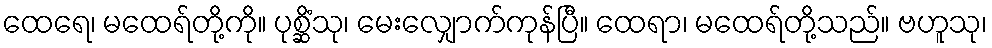
ထေရေ၊ မထေရ်တို့ကို။ ပုစ္ဆိံသု၊ မေးလျှောက်ကုန်ပြီ။ ထေရာ၊ မထေရ်တို့သည်။ ဗဟူသု၊